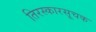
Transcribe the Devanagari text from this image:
तिरस्कारसूचक